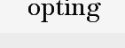
opting